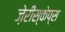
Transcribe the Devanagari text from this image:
ज़ेरीस्‍केप्‍स